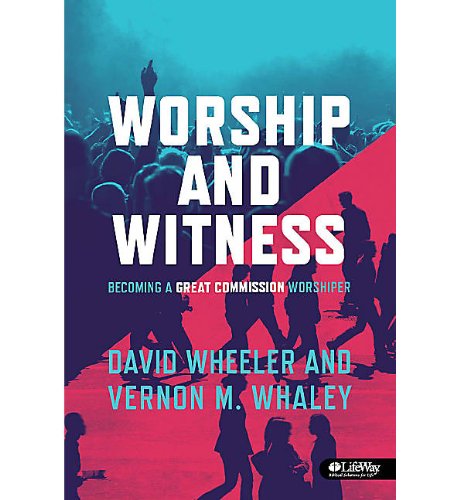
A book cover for Worship and Witness: Becoming a Great Commission Worshipper; Member Book; David Wheeler; Christian Books & Bibles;